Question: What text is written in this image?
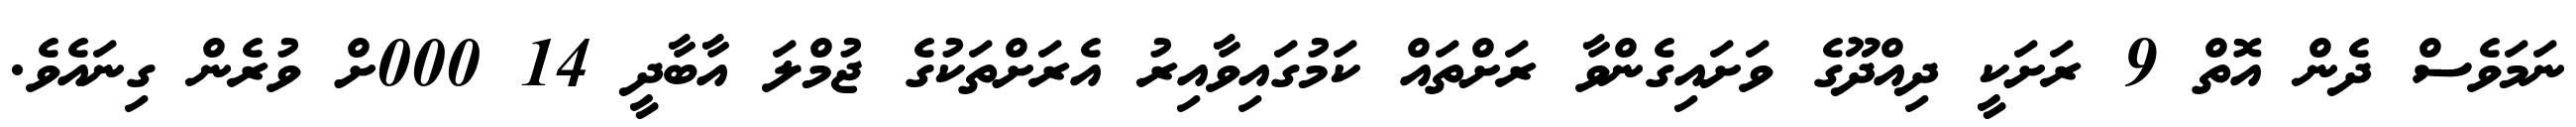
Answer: ނަމަވެސް ދެން އޮތް 9 ރަށަކީ ދިއްދޫގެ ވަށައިގެންވާ ރަށްތައް ކަމުގައިވާއިރު އެރަށްތަކުގެ ޖުމްލަ އާބާދީ 14 000ށް ވުރެން ގިނައެވެ.